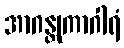
အာဂန္တုကာဂါရံ